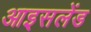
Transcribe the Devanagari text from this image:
आइसलेंड